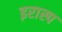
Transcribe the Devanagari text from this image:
इरास्प